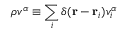
\rho v ^ { \alpha } \equiv \sum _ { i } \delta ( \mathbf { r } - \mathbf { r } _ { i } ) v _ { i } ^ { \alpha }